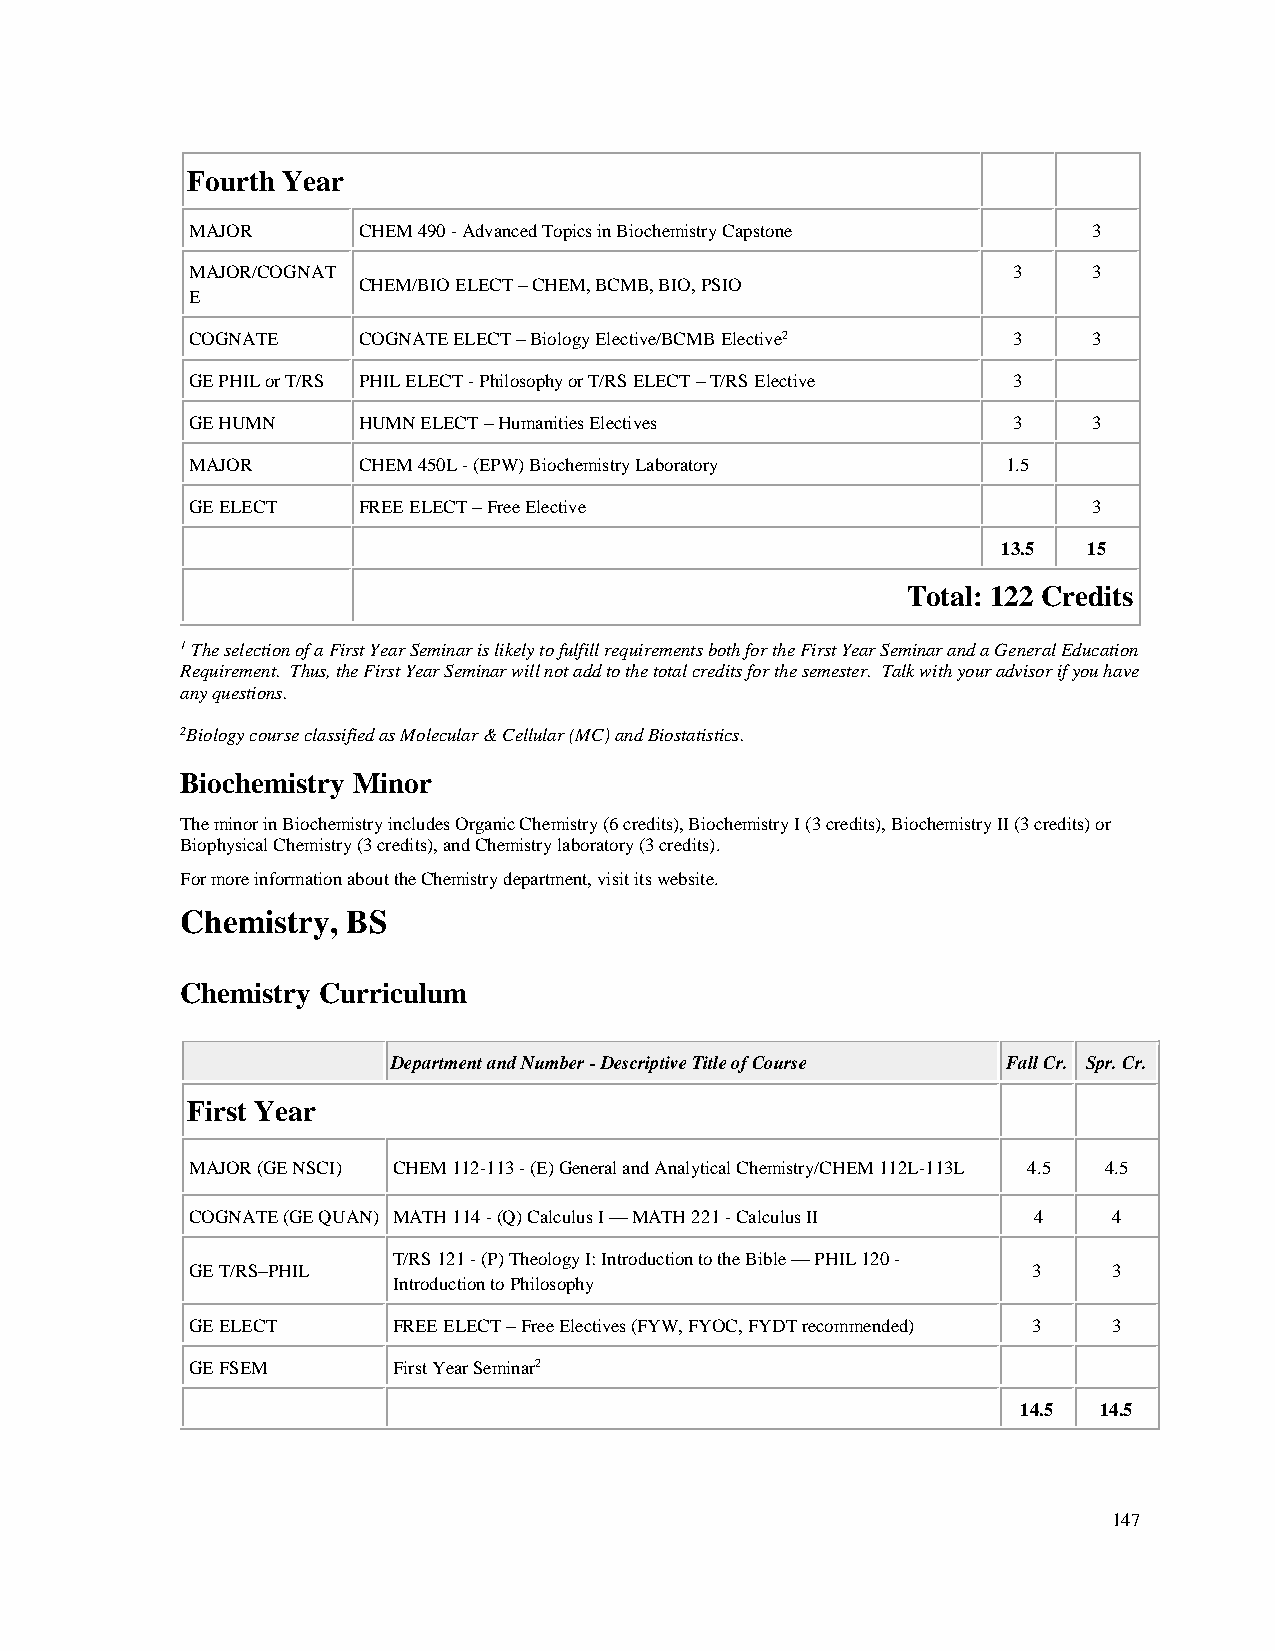
Fourth Year
 MAJOR      CHEM 490 - Advanced Topics in Biochemistry Capstone 3
 MAJOR/COGNAT                                          3    3
 CHEM/BIO ELECT – CHEM, BCMB, BIO, PSIO
 E
 COGNATE    COGNATE ELECT – Biology Elective/BCMB Elective2 3 3
 GE PHIL or T/RS PHIL ELECT - Philosophy or T/RS ELECT – T/RS Elective 3
 GE HUMN    HUMN ELECT – Humanities Electives          3    3
 MAJOR      CHEM 450L - (EPW) Biochemistry Laboratory  1.5
 GE ELECT   FREE ELECT – Free Elective                      3
 13.5  15
 Total: 122 Credits
 1 The selection of a First Year Seminar is likely to fulfill requirements both for the First Year Seminar and a General Education
 Requirement. Thus, the First Year Seminar will not add to the total credits for the semester. Talk with your advisor if you have
 any questions.
 2Biology course classified as Molecular & Cellular (MC) and Biostatistics.
 Biochemistry Minor
 The minor in Biochemistry includes Organic Chemistry (6 credits), Biochemistry I (3 credits), Biochemistry II (3 credits) or
 Biophysical Chemistry (3 credits), and Chemistry laboratory (3 credits).
 For more information about the Chemistry department, visit its website.
 Chemistry, BS
 Chemistry Curriculum
 Department and Number - Descriptive Title of Course Fall Cr. Spr. Cr.
 First Year
 MAJOR (GE NSCI) CHEM 112-113 - (E) General and Analytical Chemistry/CHEM 112L-113L 4.5 4.5
 COGNATE (GE QUAN) MATH 114 - (Q) Calculus I — MATH 221 - Calculus II 4 4
 T/RS 121 - (P) Theology I: Introduction to the Bible — PHIL 120 -
 GE T/RS–PHIL                                           3     3
 Introduction to Philosophy
 GE ELECT     FREE ELECT – Free Electives (FYW, FYOC, FYDT recommended) 3 3
 GE FSEM      First Year Seminar2
 14.5 14.5
 147